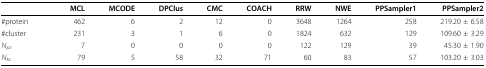
|  | MCL | MCODE | DPClus | CMC | COACH | RRW | NWE | PPSampler1 | PPSampler2 |
 | --- | --- | --- | --- | --- | --- | --- | --- | --- | --- |
 | #protein | 462 | 6 | 2 | 12 | 0 | 3648 | 1264 | 258 | 219.20 ± 6.58 |
 | #cluster | 231 | 3 | 1 | 6 | 0 | 1824 | 632 | 129 | 109.60 ± 3.29 |
 | Npc | 7 | 0 | 0 | 0 | 0 | 122 | 129 | 39 | 45.30 ± 1.90 |
 | Nkc | 79 | 5 | 58 | 32 | 71 | 60 | 83 | 57 | 103.20 ± 3.03 |